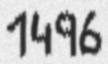
1496